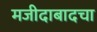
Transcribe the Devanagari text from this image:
मजीदाबादचा